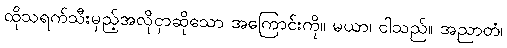
ထိုသရက်သီးမှည့်အလိုငှာဆိုသော အကြောင်းကို။ မယာ၊ ငါသည်။ အညာတံ၊